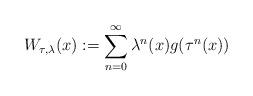
LaTeX: \begin{align*}W _{\tau , \lambda} ( x ) := \sum _{n=0} ^\infty \lambda ^n (x) g ( \tau ^n (x) )\end{align*}